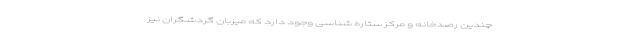
چندین رصدخانه و مرکز ستاره شناسی وجود دارد که میزبان گردشگران نیز